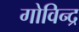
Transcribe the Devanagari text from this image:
गोविन्द्र